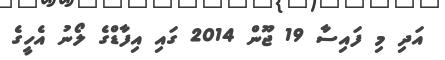
އަދި މި ފައިސާ 19 ޖޫން 2014 ގައި އިފާޑްގެ ލޯނު އެހީގެ